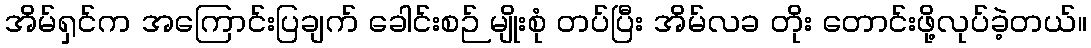
အိမ်ရှင်က အကြောင်းပြချက် ခေါင်းစဉ် မျိုးစုံ တပ်ပြီး အိမ်လခ တိုး တောင်းဖို့လုပ်ခဲ့တယ်။